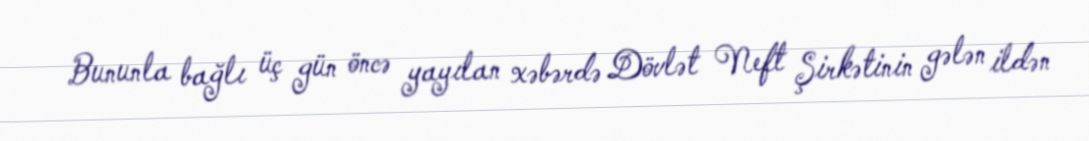
Bununla bağlı üç gün öncə yayılan xəbərdə Dövlət Neft Şirkətinin gələn ildən